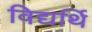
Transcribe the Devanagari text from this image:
विद्यर्थि